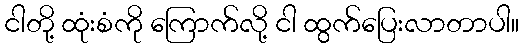
ငါတို့ ထုံးစံကို ကြောက်လို့ ငါ ထွက်ပြေးလာတာပါ။